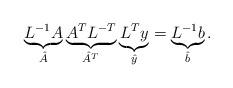
LaTeX: \begin{align*} \underbrace{L^{-1}A}_{\hat{A}} \underbrace{A^TL^{-T}}_{\hat{A}^T} \underbrace{L^T y}_{\hat{y}} = \underbrace{L^{-1}b}_{\hat{b}}.\end{align*}